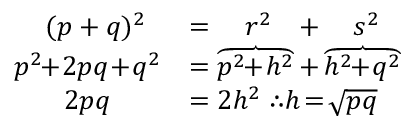
{ \begin{array} { r l } { ( p + q ) ^ { 2 } \; \; } & { = \quad r ^ { 2 } \; \; \, + \quad s ^ { 2 } } \\ { p ^ { 2 } \! \! + \! 2 p q \! + \! q ^ { 2 } } & { = \overbrace { p ^ { 2 } \! \! + \! h ^ { 2 } } + \overbrace { h ^ { 2 } \! \! + \! q ^ { 2 } } } \\ { 2 p q \quad \; \; \; } & { = 2 h ^ { 2 } \; \therefore h \! = \! { \sqrt { p q } } } \end{array} }